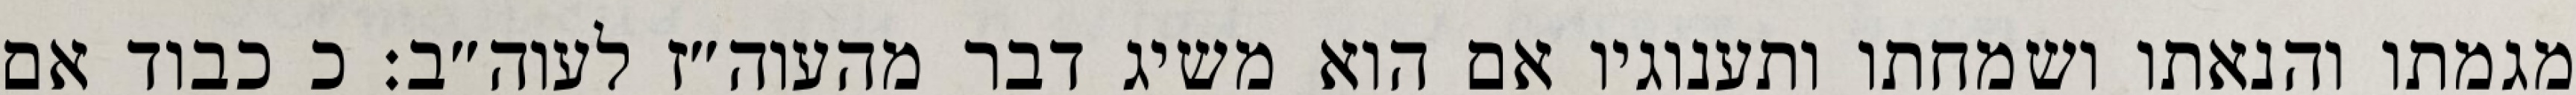
מגמתו והנאתו ושמחתו ותענוגיו אם הוא משיג דבר מהעוה״ז לעוה״ב: כ כבוד אם